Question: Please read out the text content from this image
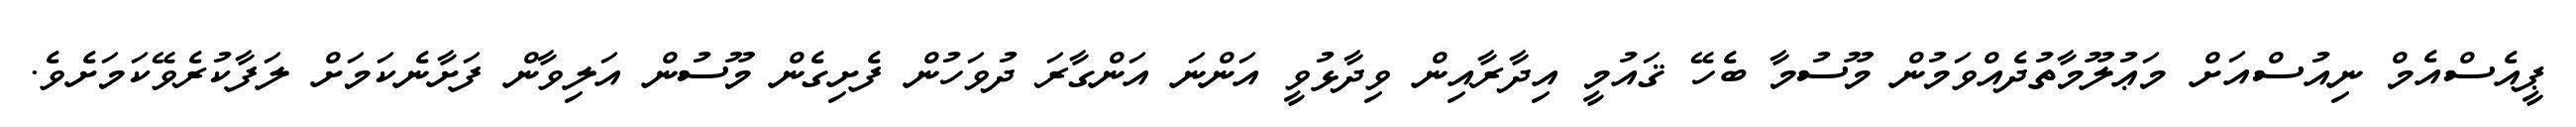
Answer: ޕީއެސްއެމް ނިއުސްއަށް މަޢުލޫމާތުދެއްވަމުން މޫސުމާ ބެހޭ ޤައުމީ އިދާރާއިން ވިދާޅުވީ އަންނަ އަންގާރަ ދުވަހުން ފެށިގެން މޫސުން އަލިވާން ފަށާނެކަމަށް ލަފާކުރެވޭކަމަށެވެ.